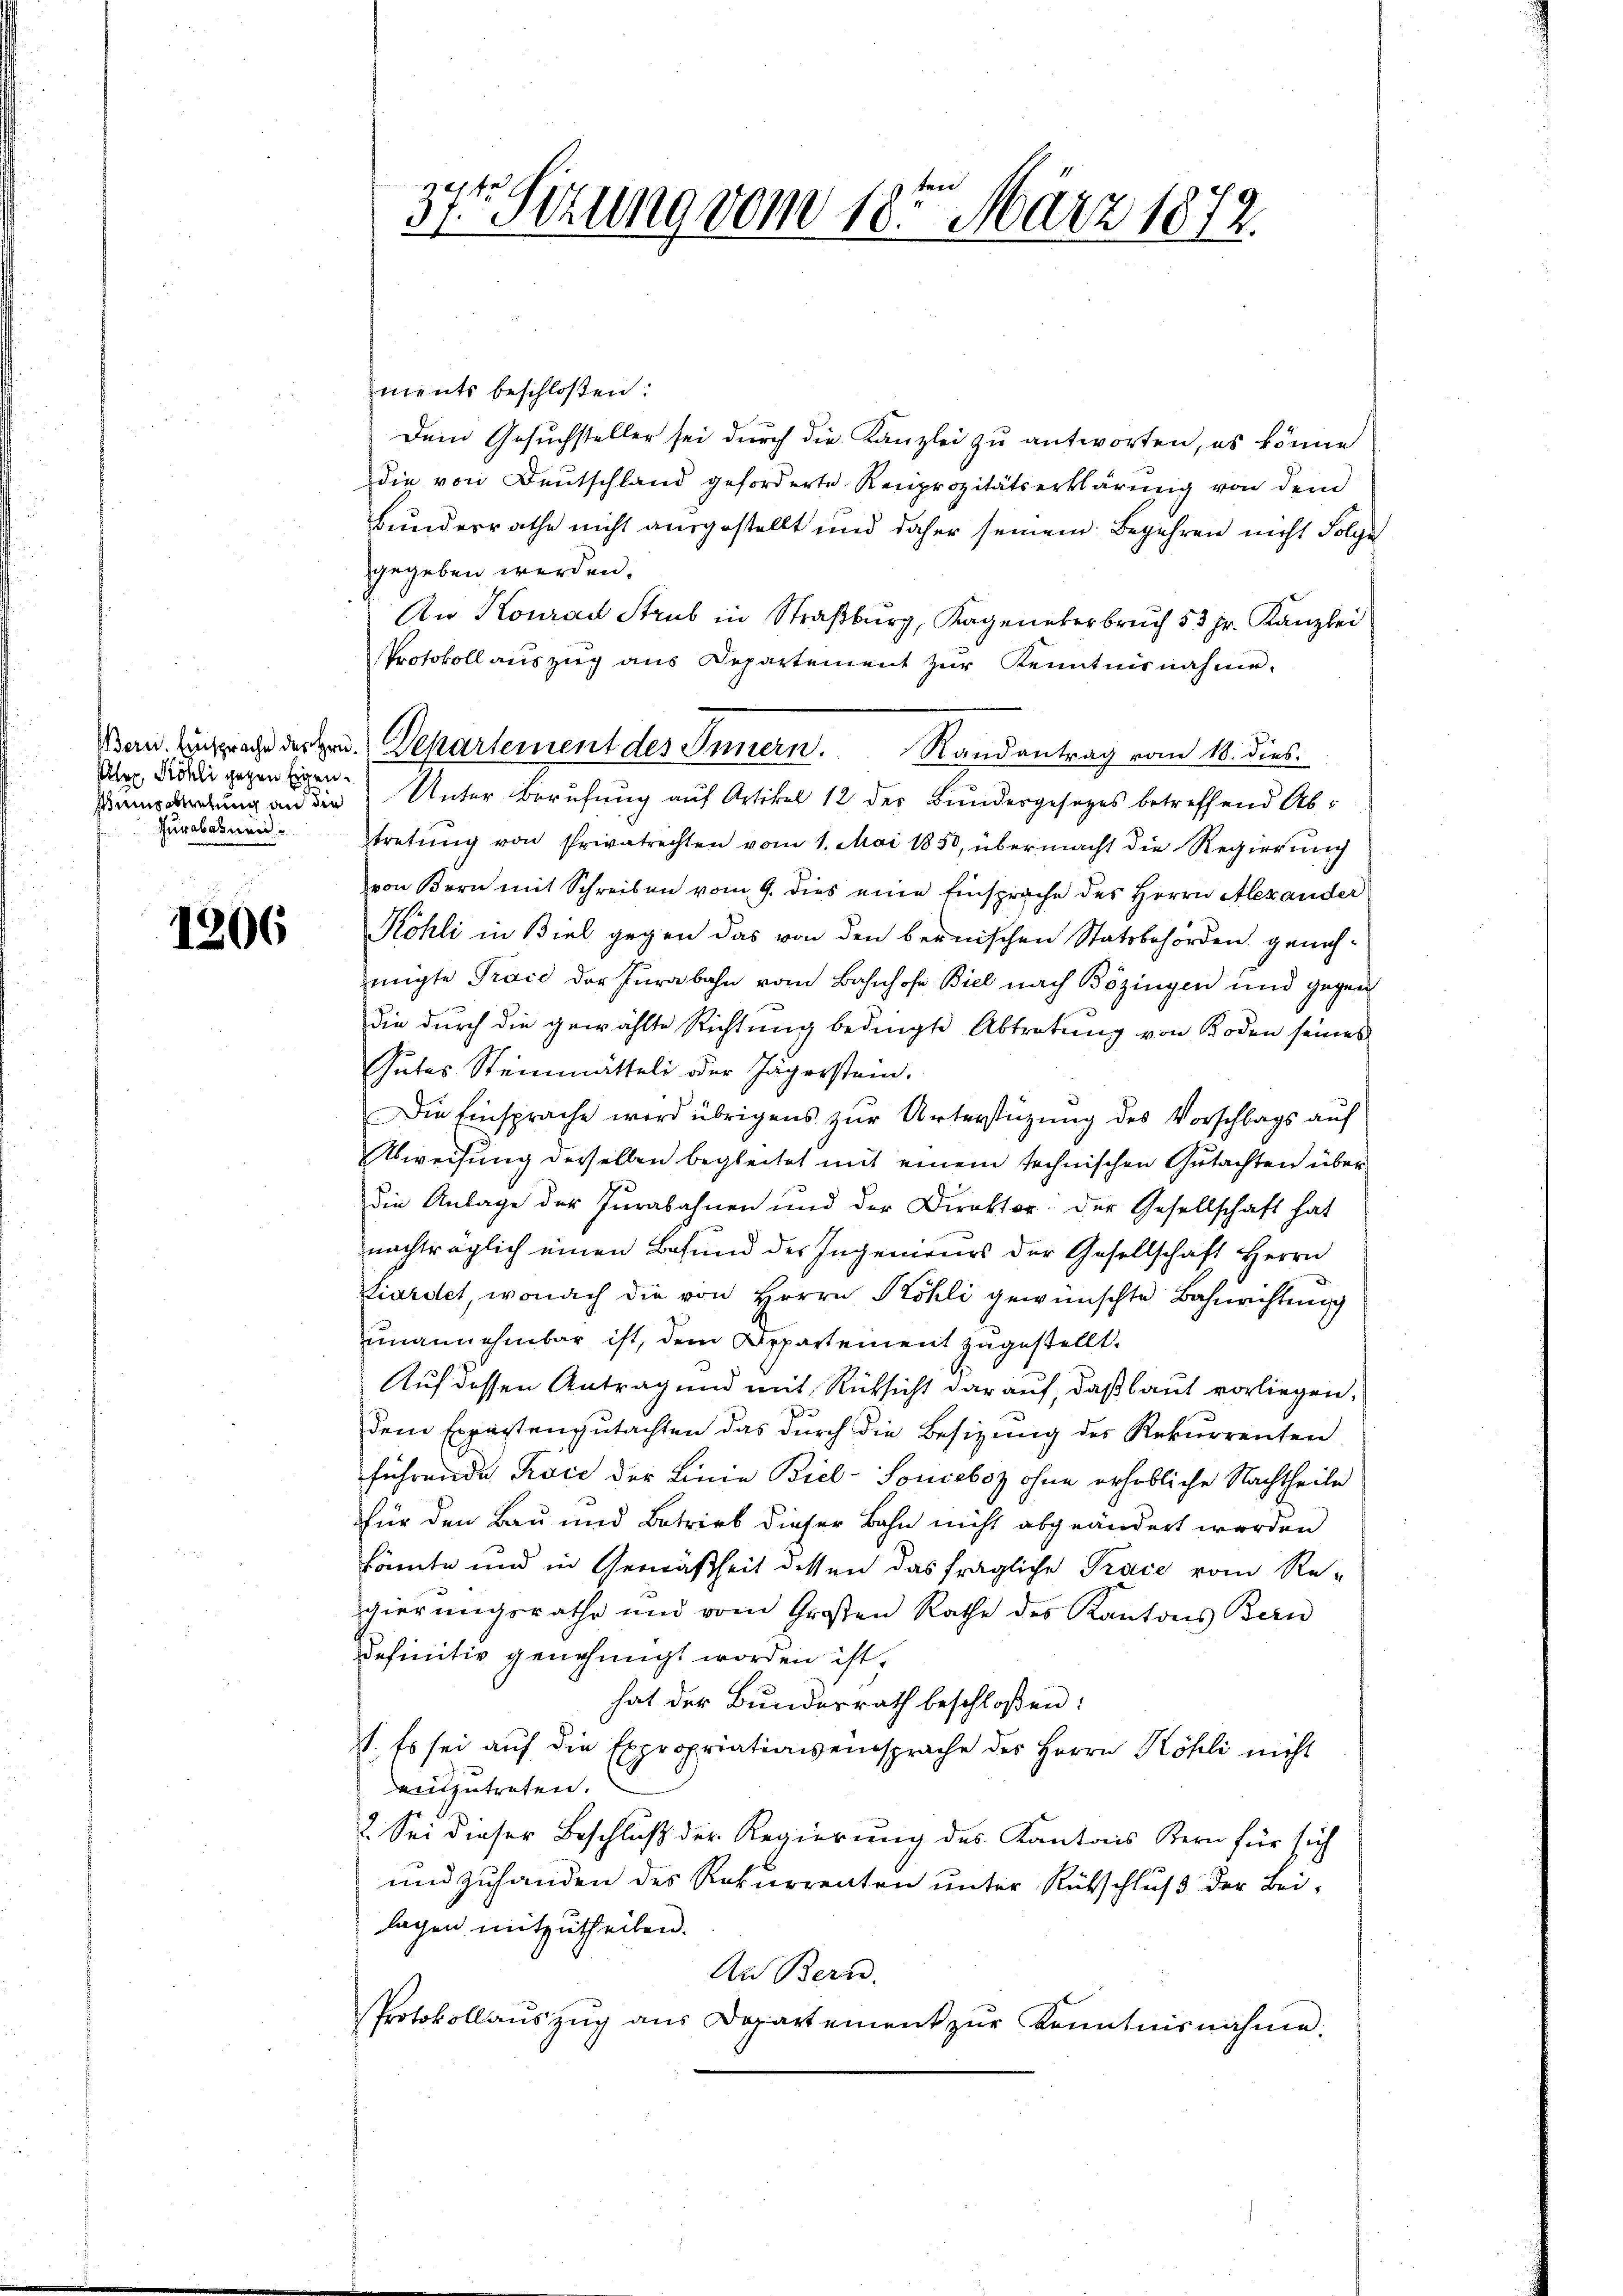
kler, Köhli gegen Eigenhurabainen

1306

37r Sitzung vom 10ten März 1872.

ments beschloßen:
Dein Gesuchsteller sei durch die Kanzlei zu antworten, es könne
die von Deutschland geforderte Reciprozitätserklärŭng von dem
Bunderrathe nicht ausgestellt und daher seinem Begehren nicht Folge
gegeben werden.
An Konrad Strub in Straßburg, Kageneberbrŭch 53 Fr. Kanzlei
Protokoll aŭszŭg aŭs Departement zŭr Kenntnisnahme.
semprung an die Unter Berufung auf Artikel 12 der Bundesgesetzes betreffend Abtretŭng von Privatrechten vom 1. Mai 1850, übermacht die Regierŭng
von Kern mit Schreiben vom 9. dies eine Einsprache des Herrn Alexander
Köhli in Biel gegen das von den bernischen Statsbehörden geneh-
migte Traić der Jurabahn vom Bahnhofe Biel nach Bözingen und gegen
die durch die gewählte Richtung bedingte Abtretung von Boden seines
Gutes Steinmütteli oder Jägerstein.
Die Einsprache wird übrigens zŭr Unterstüzung des Vorschlags auf
Abweisung derselben begleitet mit einem technischen Gutachten über
die Anlage der Jurabahnen und der Direktor der Gesellschaft hat
nachträglich einen Befund des Ingenieurs der Gesellschaft Herrn
Kiardet, wonach die von Herrn Köhli gewünschte Bahnrichtung
unannehmbar ist, dem Departement zugestellt.
Auf dessen Antrag und mit Rücksicht darauf, daß laut vorliegen.
dem Expertengutachten das durch die Besizung des Rekurrenten
führende Proce der Linie Biel-Sonceboz ohne erhebliche Nachtheile
für den Bau und Betrieb dieser Bahn nicht abgeändert worden
könte und in Gemäßheit dessen das fragliche Trace vom Re-
gierungsrathe und vom Großen Rathe des Kantons Bern
definitiv genehmigt worden ist,
hat der Bundesrath beschloßen:
1. Es sei auf die Expropriationseinsprache des Herrn Köhli nicht
einzutreten.
2. Sei dieser Beschluß der Regierung des Kantons Kern für sich
und zuhanden des Rekurrenten unter Rückschluß der Bei-
lagen mitzutheilen.
Au Bern.
Protokollaŭszŭg aŭs Departement zŭr Kenntnisnahme.

Bern. Einsprache der Hrn. Departement des Innern. Randantrag vom 18. dies